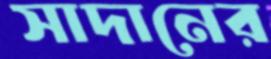
সাদানের